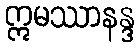
ဣမဿာနန္ဒ